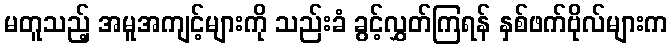
မတူသည့် အမူအကျင့်များကို သည်းခံ ခွင့်လွှတ်ကြရန် နှစ်ဖက်ဗိုလ်များက